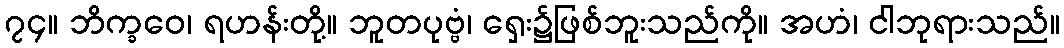
၇၄။ ဘိက္ခဝေ၊ ရဟန်းတို့။ ဘူတပုဗ္ဗံ၊ ရှေး၌ဖြစ်ဘူးသည်ကို။ အဟံ၊ ငါဘုရားသည်။